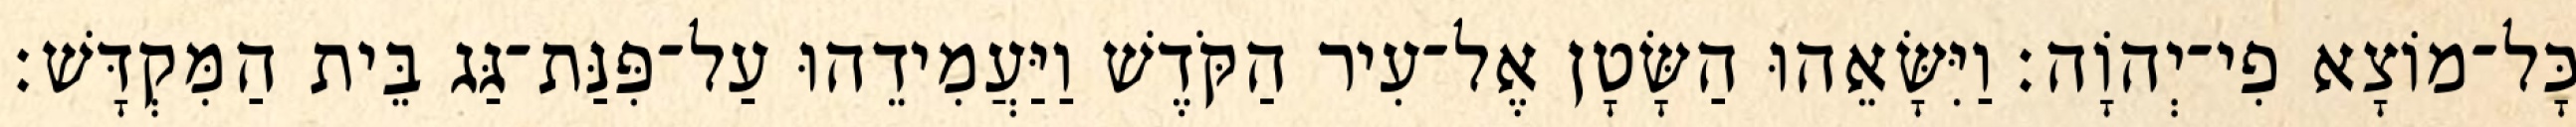
כָּל־מוֹצָא פִי־יְהוָֹה׃ וַיִּשָּׂאֵהוּ הַשָּׂטָן אֶל־עִיר הַקֹּדֶשׁ וַיַּעֲמִידֵהוּ עַל־פִּנַּת־גַּג בֵּית הַמִּקְדָּשׁ׃